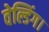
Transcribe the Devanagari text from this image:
वेल्डिंग।